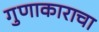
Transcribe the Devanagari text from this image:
गुणाकाराचा